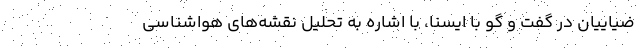
ضیاییان در گفت و گو با ایسنا، با اشاره به تحلیل‌ نقشه‌های هواشناسی